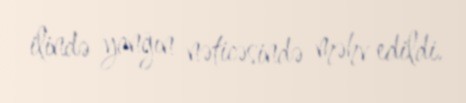
ilində yanğın nəticəsində məhv edildi.